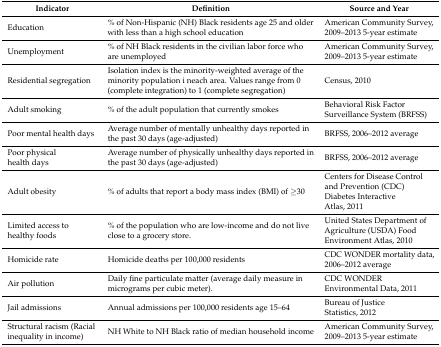
| Indicator | Definition | Source and Year |
 | --- | --- | --- |
 | Education | % of Non-Hispanic (NH) Black residents age 25 and older with less than a high school education | American Community Survey, 2009–2013 5-year estimate |
 | Unemployment | % of NH Black residents in the civilian labor force who are unemployed | American Community Survey, 2009–2013 5-year estimate |
 | Residential segregation | Isolation index is the minority-weighted average of the minority population i neach area. Values range from 0 (complete integration) to 1 (complete segregation) | Census, 2010 |
 | Adult smoking | % of the adult population that currently smokes | Behavioral Risk Factor Surveillance System (BRFSS) |
 | Poor mental health days | Average number of mentally unhealthy days reported in the past 30 days (age-adjusted) | BRFSS, 2006–2012 average |
 | Poor physical health days | Average number of physically unhealthy days reported in the past 30 days (age-adjusted) | BRFSS, 2006–2012 average |
 | Adult obesity | % of adults that report a body mass index (BMI) of ≥30 | Centers for Disease Control and Prevention (CDC) Diabetes Interactive Atlas, 2011 |
 | Limited access to healthy foods | % of the population who are low-income and do not live close to a grocery store. | United States Department of Agriculture (USDA) Food Environment Atlas, 2010 |
 | Homicide rate | Homicide deaths per 100,000 residents | CDC WONDER mortality data, 2006–2012 average |
 | Air pollution | Daily fine particulate matter (average daily measure in micrograms per cubic meter). | CDC WONDER Environmental Data, 2011 |
 | Jail admissions | Annual admissions per 100,000 residents age 15–64 | Bureau of Justice Statistics, 2012 |
 | Structural racism (Racial inequality in income) | NH White to NH Black ratio of median household income | American Community Survey, 2009–2013 5-year estimate |